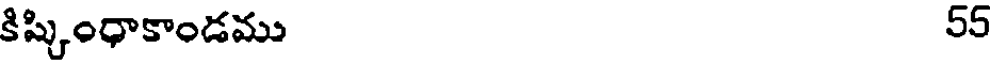
కిష్కింధాకాండము 55